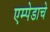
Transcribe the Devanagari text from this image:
एम्पेडाचे